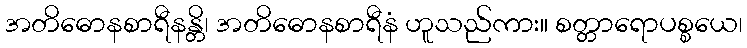
အတိဓောနစာရီနန္တိ၊ အတိဓောနစာရီနံ ဟူသည်ကား။ စတ္တာရောပစ္စယေ၊